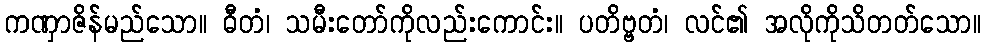
ကဏှာဇိန်မည်သော။ ဓီတံ၊ သမီးတော်ကိုလည်းကောင်း။ ပတိဗ္ဗတံ၊ လင်၏ အလိုကိုသိတတ်သော။